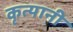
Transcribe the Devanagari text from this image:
कृत्यानी